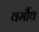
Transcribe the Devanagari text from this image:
वर्मौथ